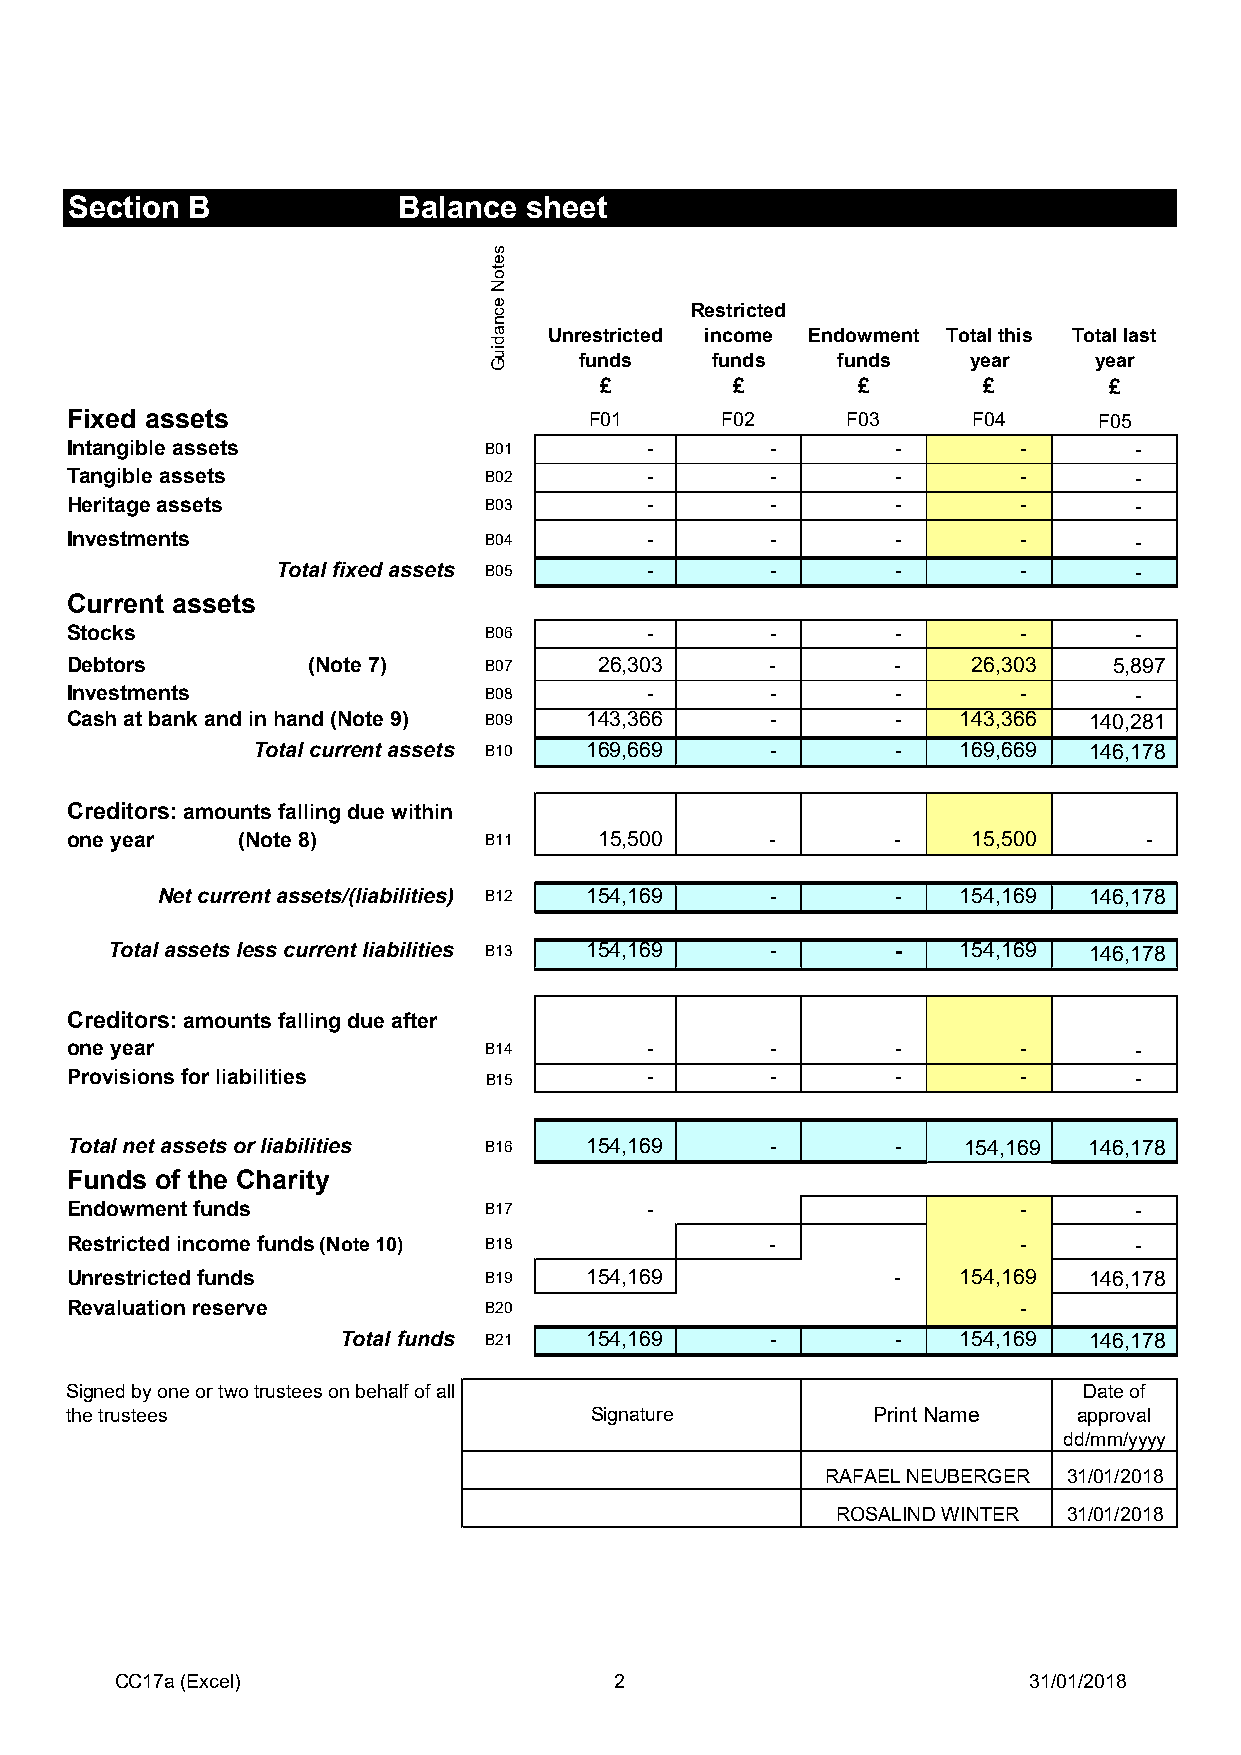
Section B            Balance  sheet
 Restricted
 Unrestricted income Endowment Total this Total last
 funds    funds   funds    year    year
 £       £        £       £       £
 Fixed assets                       F01      F02     F03     F04      F05
 Intangible assets           B01        -       -       -        -      -
 Tangible assets             B02        -       -       -        -      -
 Heritage assets             B03        -       -       -        -      -
 Investments                 B04        -       -       -        -      -
 Total fixed assets B05   -       -       -        -      -
 Current assets
 Stocks                      B06        -       -       -        -      -
 Debtors         (Note 7)    B07     26,303     -       -    26,303    5,897
 Investments                 B08        -       -       -        -      -
 Cash at bank and in hand (Note 9) B09 143,366  -       -    143,366 140,281
 Total current assets B10 169,669  -       -    169,669 146,178
 Creditors: amounts falling due within
 one year    (Note 8)        B11     15,500     -       -    15,500      -
 Net current assets/(liabilities) B12 154,169 -   -    154,169 146,178
 Total assets less current liabilities B13 154,169 - -    154,169 146,178
 Creditors: amounts falling due after
 one year                    B14        -       -       -        -      -
 Provisions for liabilities  B15        -       -       -        -      -
 Total net assets or liabilities B16 154,169    -       -    154,169 146,178
 Funds of the Charity
 Endowment funds             B17        -                        -      -
 Restricted income funds (Note 10) B18          -                -      -
 Unrestricted funds          B19    154,169             -    154,169 146,178
 Revaluation reserve         B20                                 -
 Total funds B21  154,169     -       -    154,169 146,178
 Signed by one or two trustees on behalf of all                      Date of
 the trustees                       Signature          Print Name   approval
 dd/mm/yyyy
 RAFAEL NEUBERGER 31/01/2018
 ROSALIND WINTER 31/01/2018
 CC17a (Excel)                    2                          31/01/2018
 setoN
 ecnadiuG